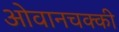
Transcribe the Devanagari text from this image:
ओवानचक्की